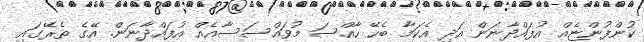
ކުންފުންޏެއް އުފައްދާނަން އަދި އެކަމާ ބެހޭ ހާއްސަ މުވައްސަސާއެއް އުފައްދާނަން. އޭގެ ތެރޭގައި